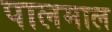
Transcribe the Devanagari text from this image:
पालमाल